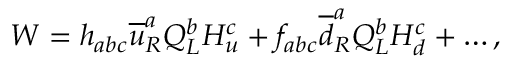
W = h _ { a b c } \overline { { { u } } } _ { R } ^ { a } Q _ { L } ^ { b } H _ { u } ^ { c } + f _ { a b c } \overline { { { d } } } _ { R } ^ { a } Q _ { L } ^ { b } H _ { d } ^ { c } + \ldots ,